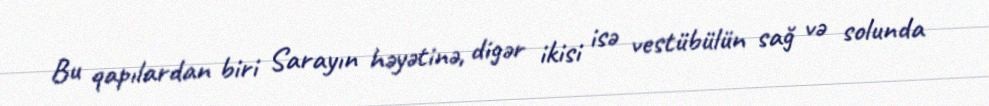
Bu qapılardan biri Sarayın həyətinə, digər ikisi isə vestübülün sağ və solunda